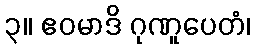
၃။ ဧဝမာဒိ ဂုဏူပေတံ၊